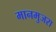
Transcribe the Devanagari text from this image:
मानमुजरा